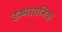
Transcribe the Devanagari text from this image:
ऊष्मायनिक